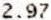
2.97